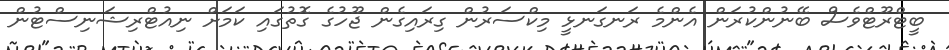
ބީޓްރޫޓްވެސް ބޭނުންކުރަން އެންމެ ރަނގަނޅީ މިކްސަރުން ގިރައިގެން ޖޫހުގެ ގޮތުގައި ކަމަށް ނިއުޓްރިޝަނިސްޓުން